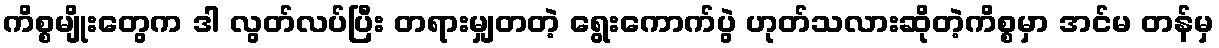
ကိစ္စမျိုးတွေက ဒါ လွတ်လပ်ပြီး တရားမျှတတဲ့ ရွေးကောက်ပွဲ ဟုတ်သလားဆိုတဲ့ကိစ္စမှာ အင်မ တန်မှ